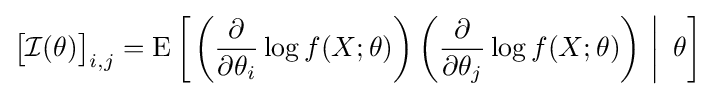
{\bigl [}{\mathcal {I}}(\theta ){\bigr ]}_{i,j}=\operatorname {E} \left[\left.\left({\frac {\partial }{\partial \theta _{i}}}\log f(X;\theta )\right)\left({\frac {\partial }{\partial \theta _{j}}}\log f(X;\theta )\right)\,\,\right|\,\,\theta \right]